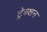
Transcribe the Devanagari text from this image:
ट्रेक्शन